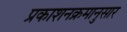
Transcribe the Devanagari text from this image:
प्रकाशनक्रमानुसार